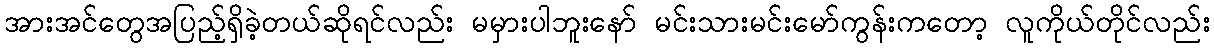
အားအင်တွေအပြည့်ရှိခဲ့တယ်ဆိုရင်လည်း မမှားပါဘူးနော် မင်းသားမင်းမော်ကွန်းကတော့ လူကိုယ်တိုင်လည်း